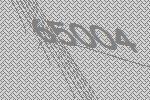
65004